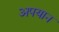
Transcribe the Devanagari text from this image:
अपयान